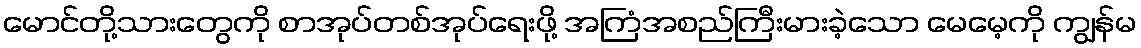
မောင်တို့သားတွေကို စာအုပ်တစ်အုပ်ရေးဖို့ အကြံအစည်ကြီးမားခဲ့သော မေမေ့ကို ကျွန်မ